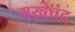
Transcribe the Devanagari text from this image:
मखंचंद